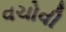
વચોવી